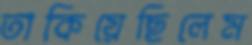
তাকিয়েছিলেম